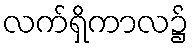
လက်ရှိကာလ၌